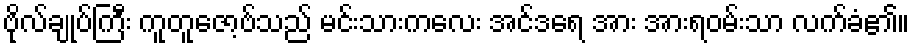
ဗိုလ်ချုပ်ကြီး ကူတူဇော့ဗ်သည် မင်းသားကလေး အင်ဒရေ အား အားရဝမ်းသာ လက်ခံ၏။